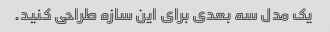
یک مدل سه بعدی برای این سازه طراحی کنید.